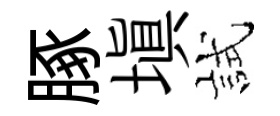
䐁塡試